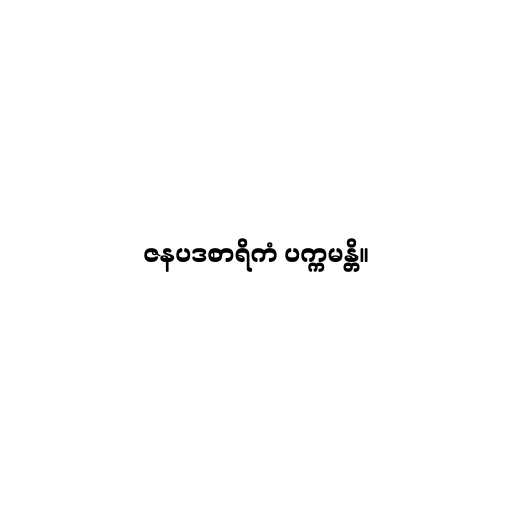
ဇနပဒစာရိကံ ပက္ကမန္တိ။